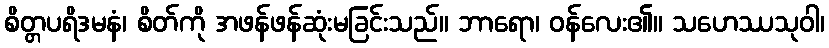
စိတ္တပရိဒမနံ၊ စိတ်ကို အဖန်ဖန်ဆုံးမခြင်းသည်။ ဘာရော၊ ဝန်လေး၏။ သဟေဿသုဝါ၊